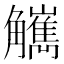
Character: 觽